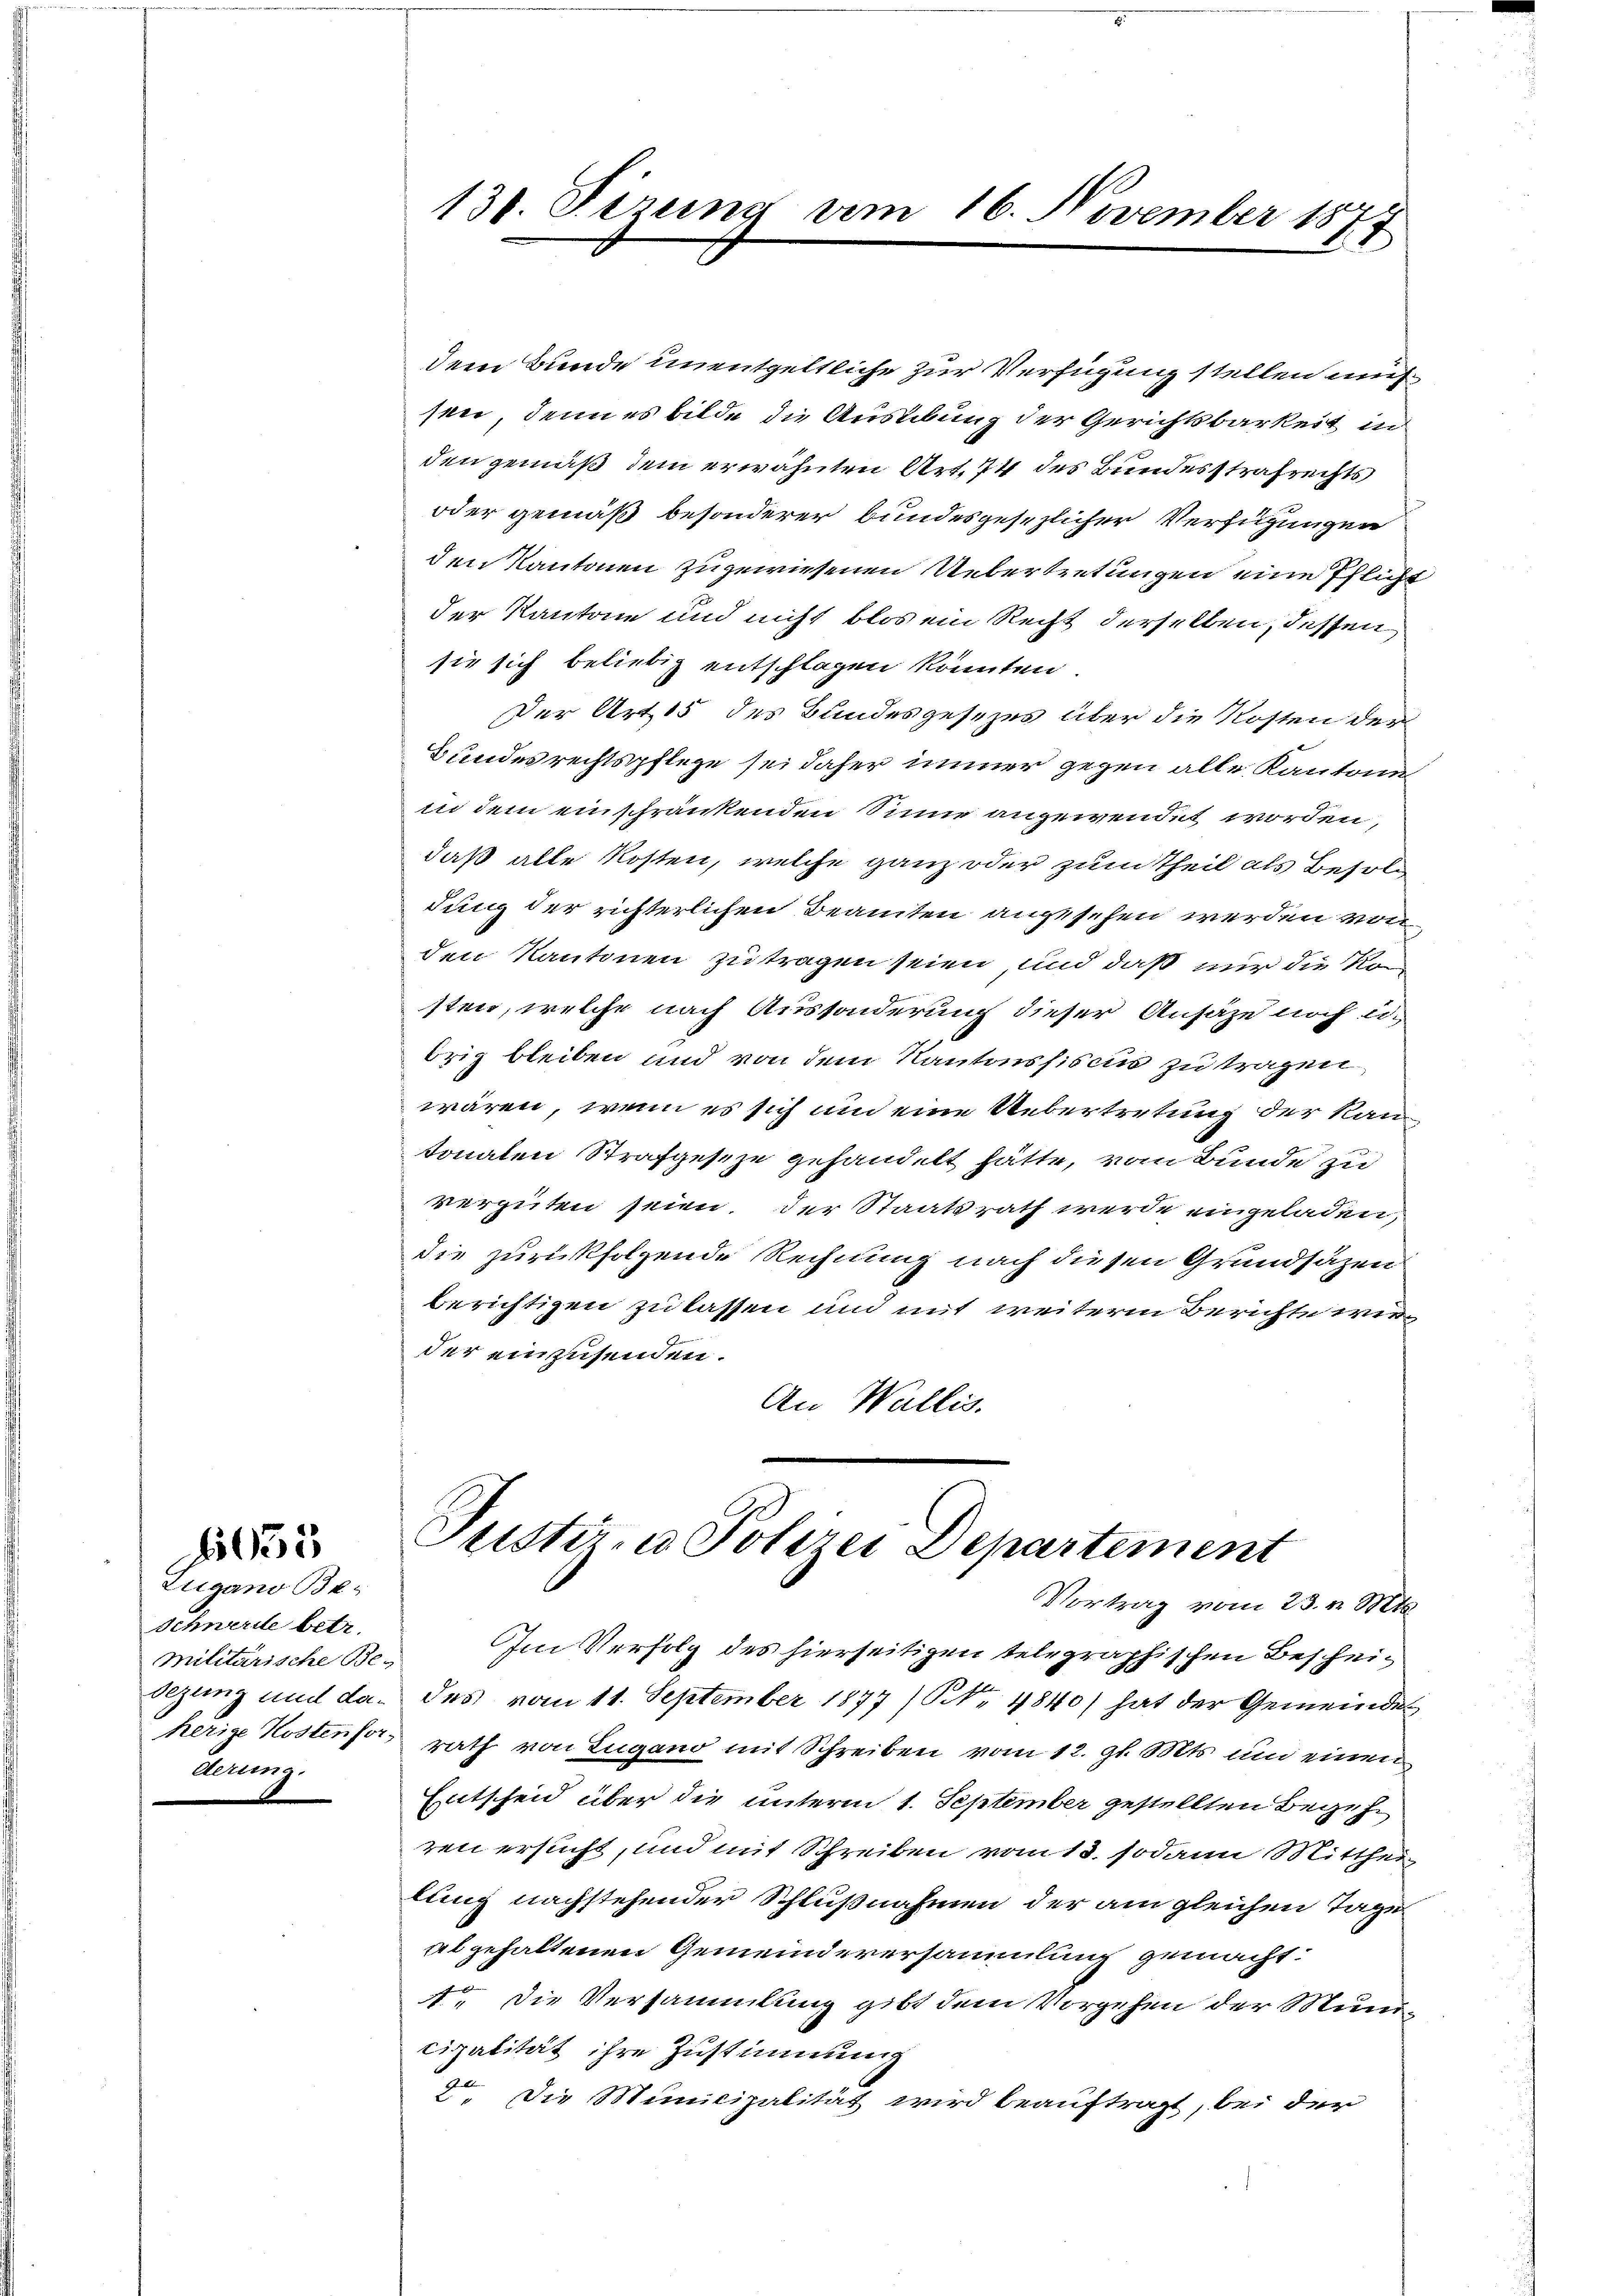
Zugano Beschnerde betr.
sezung und daderung.

635

131. Sizung vom 16. November 1877

dem Bunde unentgeltliche zur Verfügung stellen mehsen, denn es bilde die Ausübung der Gerichtsbarkeit in
den gemäß dem erwähnten Art. 74 des Bundesstrafrechts
oder gemäß besonderer bundesgesezlicher Verfügungen
den Kantonen zugewiesenen Uebertretungen eine Pflicht
der Kantone und nicht blos ein Recht derselben, dessen
sie sich beliebig entschlagen könnten.
Der Art 15 des Bundesgesezes über die Kosten der
Bundesrechtspflege sei daher immer gegen alle Kantone
in dem einschränkenden Sinne angewendet worden,
daß alle Kosten, welche ganz oder zum Theil als Besold
dung der richterlichen Beamten angesehen werden von
den Kantonen zu tragen seien, und daß nur die Kon
sten, welche nach Aussonderung dieser Ansäze noch eibrig bleiben und von dem Kantonssiscus zu tragen,
wären, wenn es sich um eine Uebertretung der Kan
tonalen Strafgeseze gehandelt hätte, vom Bunde zu
vergüten seien, der Staatsrath werde eingeladen,
die zurückfolgende Rechnung nach diesen Grundsätzen
berichtigen zu lassen und mit weitern Berichte wir
der einzusenden.
An Wallis.

Justiz- u Polizei Departement
Vortrag vom 23. v. Mts.

militärische Be- Im Verfolg des hierseitigen telegraphischen Bescheides vom 11. September 1877 / NNo. 4840) hat der Gemeinde
herige Kostensos rath von Lugano mit Schreiben vom 12. gl. Mts. um einen
Entscheid über die unterm 1. September gestellten Begehren ersucht, und mit Schreiben vom 13. sodann Mitthei
lung nachstehender Schlußnahmen der am gleichen Tage
al gehaltenen Gemeinderersammlung gemacht:
A. Die Versammlung gibt dem Vorgehen der Municipalität ihre Zustimmung
2. Die Municipalität wird beauftragt, bei der